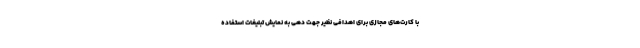
با کارت‌های مجازی برای اهدافی نظیر جهت دهی به نمایش تبلیغات استفاده